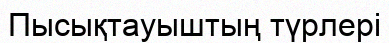
Пысықтауыштың түрлері